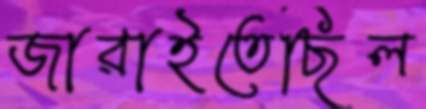
জারাইতেছিল